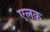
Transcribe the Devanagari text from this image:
एलक